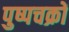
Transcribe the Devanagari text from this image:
पुष्पचक्रों